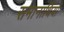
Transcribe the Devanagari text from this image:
समानार्थियों